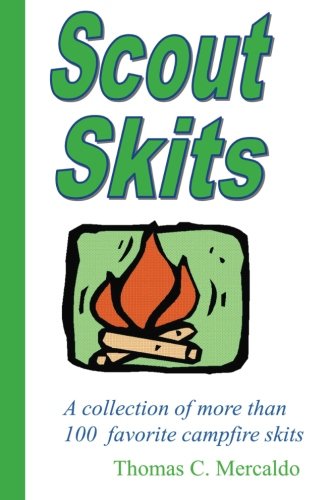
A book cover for Scout Skits: A collection of more than 100 favorite campfire skits (Volume 1); Thomas Mercaldo; Sports & Outdoors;